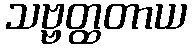
သဗ္ဗတ္ထတာယ